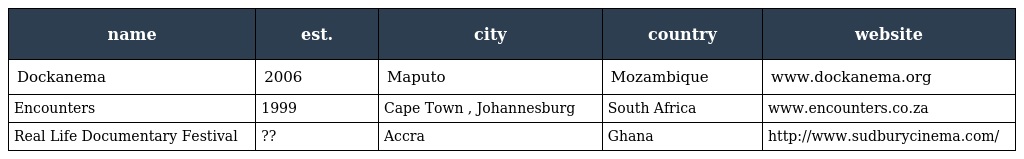
| name | est. | city | country | website |
 | --- | --- | --- | --- | --- |
 | Dockanema | 2006 | Maputo | Mozambique | www.dockanema.org |
 | Encounters | 1999 | Cape Town , Johannesburg | South Africa | www.encounters.co.za |
 | Real Life Documentary Festival | ?? | Accra | Ghana | http://www.sudburycinema.com/ |